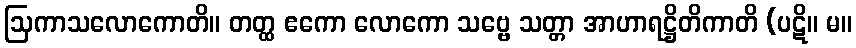
ဩကာသလောကောတိ။ တတ္ထ ဧကော လောကော သဗ္ဗေ သတ္တာ အာဟာရဋ္ဌိတိကာတိ (ပဋိ။ မ။